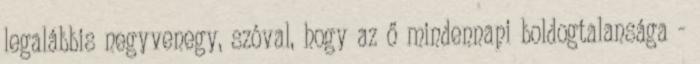
legalábbis negyvenegy, szóval, hogy az ő mindennapi boldogtalansága -